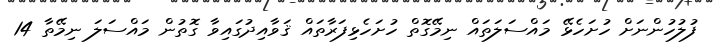
ފުލުހުންނަށް ހުށަހެޅޭ މައްސަލަތައް ނިމޭގޮތް ހުށަހެޅިފަރާތައް ޤަވާއިދުގައިވާ ގޮތުން މައްސަލަ ނިމޭތާ 14